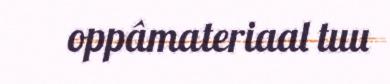
oppâmateriaal tuu